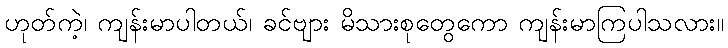
ဟုတ်ကဲ့၊ ကျန်းမာပါတယ်၊ ခင်ဗျား မိသားစုတွေကော ကျန်းမာကြပါသလား။